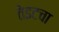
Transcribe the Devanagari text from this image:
तेइटचा